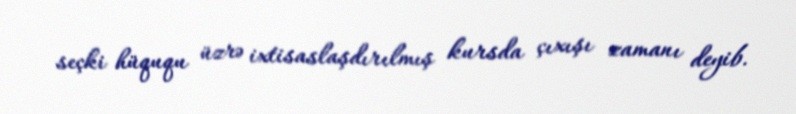
seçki hüququ üzrə ixtisaslaşdırılmış kursda çıxışı zamanı deyib.